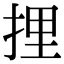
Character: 捚